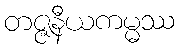
တဇ္ဇနီယကမ္မဿ